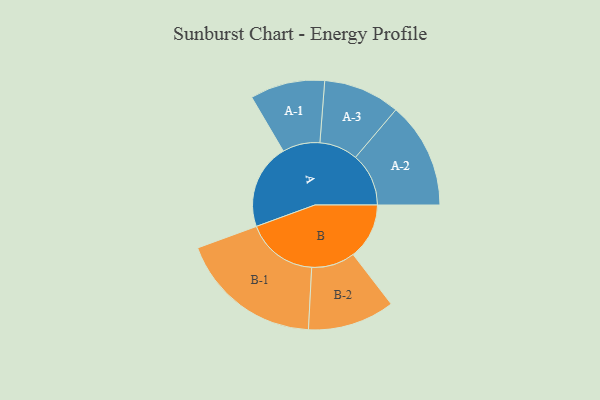
{"axis": {"x": "Segment", "y": "Value"}, "legend": ["", "A", "B"], "data": [{"x": "A", "y": 351, "type": ""}, {"x": "B", "y": 231, "type": ""}, {"x": "A-1", "y": 154, "type": "A"}, {"x": "A-2", "y": 219, "type": "A"}, {"x": "A-3", "y": 158, "type": "A"}, {"x": "B-1", "y": 295, "type": "B"}, {"x": "B-2", "y": 179, "type": "B"}]}